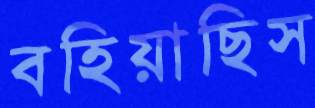
বহিয়াছিস